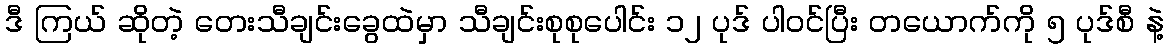
ဒီ ကြယ် ဆိုတဲ့ တေးသီချင်းခွေထဲမှာ သီချင်းစုစုပေါင်း ၁၂ ပုဒ် ပါဝင်ပြီး တယောက်ကို ၅ ပုဒ်စီ နဲ့